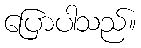
ပြောပါသည်။